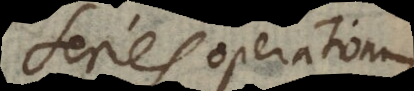
series operationum